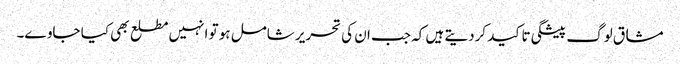
مشاق لوگ پیشگی تاکید کردیتے ہیں کہ جب ان کی تحریر شامل ہو تو انہیں مطلع بھی کیا جاوے۔